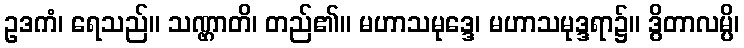
ဥဒကံ၊ ရေသည်။ သဏ္ဌာတိ၊ တည်၏။ မဟာသမုဒ္ဒေ၊ မဟာသမုဒ္ဒရာ၌။ ဒွိတာလမ္ပိ၊